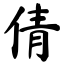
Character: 倩